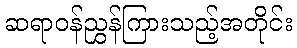
ဆရာဝန်ညွှန်ကြားသည့်အတိုင်း